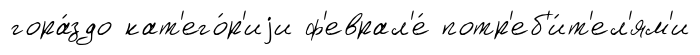
гора́здо кат'его́р'иjи ф'еврал'е́ потр'еб'и́т'ел'ям'и